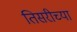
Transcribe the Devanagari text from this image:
तिसरीच्या